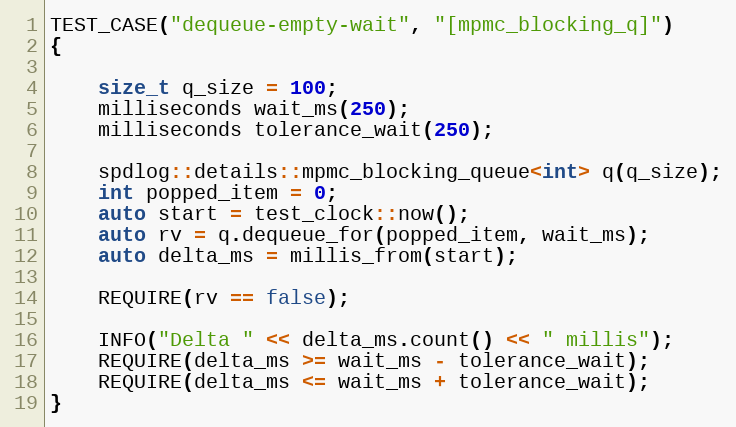
Language: C++
TEST_CASE("dequeue-empty-wait", "[mpmc_blocking_q]")
{

    size_t q_size = 100;
    milliseconds wait_ms(250);
    milliseconds tolerance_wait(250);

    spdlog::details::mpmc_blocking_queue<int> q(q_size);
    int popped_item = 0;
    auto start = test_clock::now();
    auto rv = q.dequeue_for(popped_item, wait_ms);
    auto delta_ms = millis_from(start);

    REQUIRE(rv == false);

    INFO("Delta " << delta_ms.count() << " millis");
    REQUIRE(delta_ms >= wait_ms - tolerance_wait);
    REQUIRE(delta_ms <= wait_ms + tolerance_wait);
}